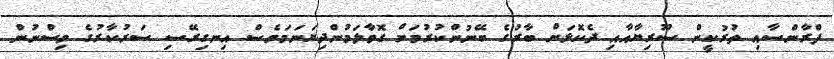
ފްރާންސާއި ތުރުކީން ސޫރިޔާއާއި ދެކޮޅަށް ބާރުގެ ބޭނުންކުރުމަށް ގޮވާލަމުންދިޔަނަމަވެސް އިނގިރޭސި ސަރުކާރުގެ ވިސްނުން